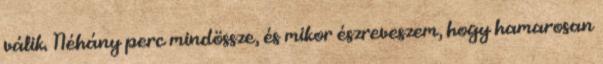
válik. Néhány perc mindössze, és mikor észreveszem, hogy hamarosan